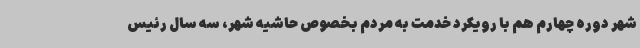
شهر دوره چهارم هم با رویکرد خدمت به مردم بخصوص حاشیه شهر، سه سال رئیس